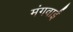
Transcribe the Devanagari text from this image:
मंगवाईं